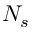
N _ { s }